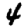
Digit: 4